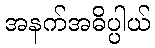
အနက်အဓိပ္ပါယ်